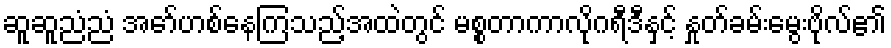
ဆူဆူညံညံ အော်ဟစ်နေကြသည့်အထဲတွင် မစ္စတာကာလိုဂရီဒီနှင့် နှုတ်ခမ်းမွေးဗိုလ်၏